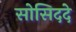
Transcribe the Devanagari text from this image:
सोसिददे